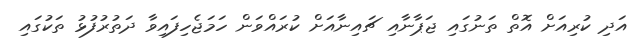
އަދި ކުރިއަށް އޮތް ތަނުގައި ޖަޕާނާއި ޗައިނާއަށް ކުރައްވަން ހަމަޖެހިފައިވާ ދަތުރުފުޅު ތަކުގައި